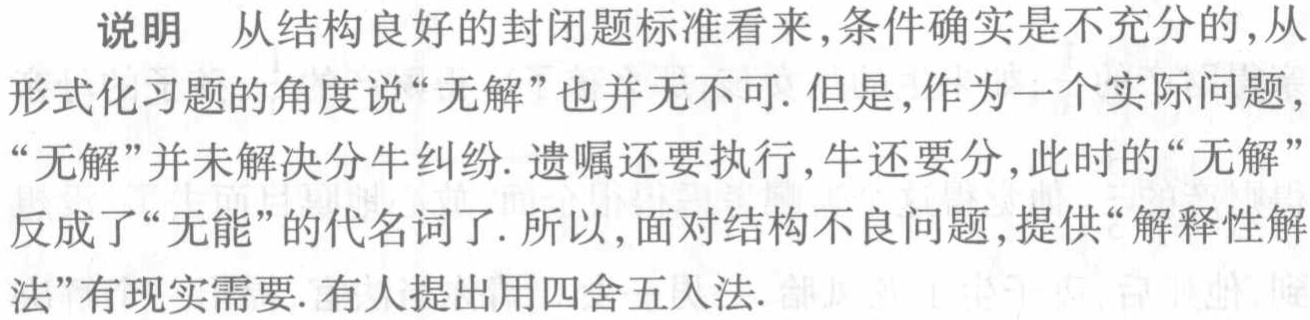
说明 从结构良好的封闭题标准看来,条件确实是不充分的,从

形式化习题的角度说“无解”也并无不可. 但是,作为一个实际问题,

“无解”并未解决分牛纠纷. 遗嘱还要执行,牛还要分,此时的“无解”

反成了“无能”的代名词了. 所以,面对结构不良问题,提供“解释性解

法”有现实需要. 有人提出用四舍五入法.